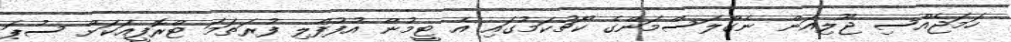
ހަމަޖެއްސި ޖޫލިއަން ނެގްލަސްމަންގެ ކޯޗުކަމުގައި އެ ޓީމުން އުފުފާލި ފުރަތަމަ ޓްރޮފީއަކަށް ސުޕަ